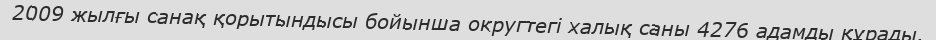
2009 жылғы санақ қорытындысы бойынша округтегі халық саны 4276 адамды құрады.